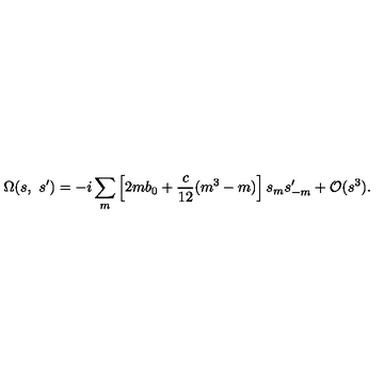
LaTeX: \Omega ( s , \ s ^ { \prime } ) = - i \sum _ { m } \left[ 2 m b _ { 0 } + \frac { c } { 1 2 } ( m ^ { 3 } - m ) \right] s _ { m } s _ { - m } ^ { \prime } + { \cal O } ( s ^ { 3 } ) .